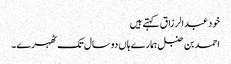
خود عبدالرزاق کہتے ہیں
احمد بن حنبل ہمارے ہاں دو سال تک ٹھہرے۔